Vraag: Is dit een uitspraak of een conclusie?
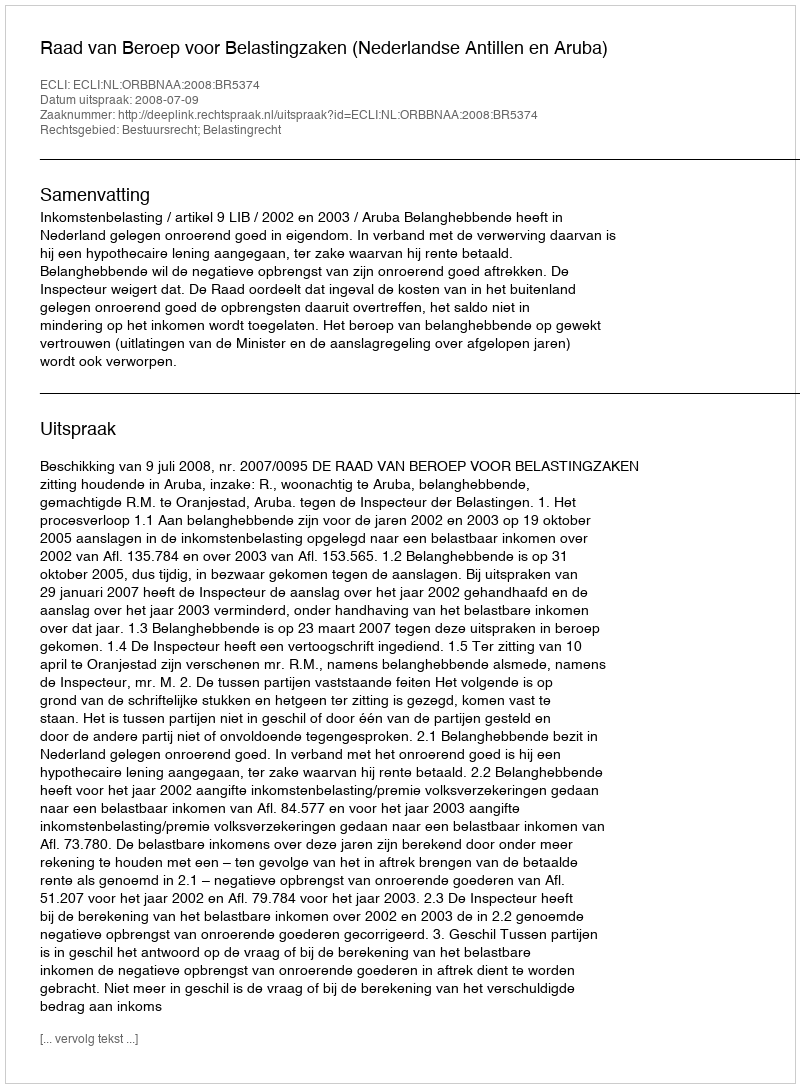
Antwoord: Uitspraak